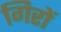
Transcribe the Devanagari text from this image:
गिरों